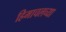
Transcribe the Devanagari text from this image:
हिमाचलच्या